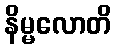
နိမ္မလောတိ